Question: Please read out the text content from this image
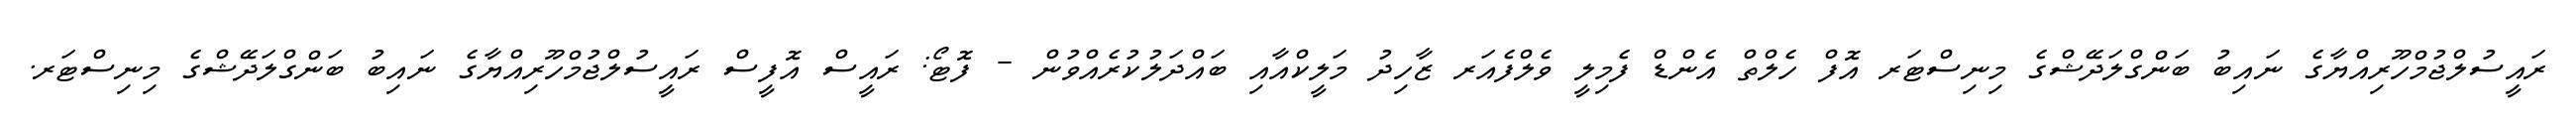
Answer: ރައީސުލްޖުމްހޫރިއްޔާގެ ނައިބު ބަންގްލަދޭޝްގެ މިނިސްޓަރ އޮފް ހެލްތް އެންޑް ފެމިލީ ވެލްފެއަރ ޒާހިދު މަލީކްއާއި ބައްދަލުކުރެއްވުން - ފޮޓޯ: ރައީސް އޮފީސް ރައީސުލްޖުމްހޫރިއްޔާގެ ނައިބު ބަންގްލަދޭޝްގެ މިނިސްޓަރ.